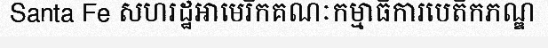
Santa Fe សហរដ្ឋអាមេរិកគណៈកម្មាធិការបេតិកភណ្ឌ